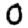
Digit: 0